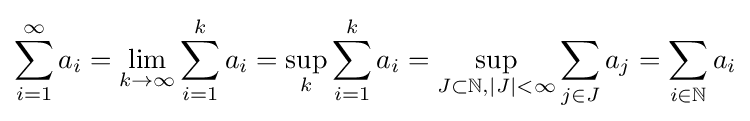
\sum _{i=1}^{\infty }a_{i}=\lim _{k\to \infty }\sum _{i=1}^{k}a_{i}=\sup _{k}\sum _{i=1}^{k}a_{i}=\sup _{J\subset \mathbb {N} ,|J|<\infty }\sum _{j\in J}a_{j}=\sum _{i\in \mathbb {N} }a_{i}